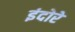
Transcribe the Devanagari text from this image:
इंदोरे